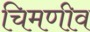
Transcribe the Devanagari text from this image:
चिमणीव